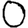
Digit: 0